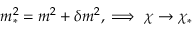
m _ { * } ^ { 2 } = m ^ { 2 } + \delta m ^ { 2 } , \implies \chi \to \chi _ { * }